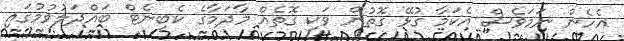
އެހެން ނަމަވެސް އެކަމާ ގުޅޭ ގޮތުން ވަކި ގޮތެއް މާދަމާގެ ކެބިނެޓް ބައްދަލުވުމުގައި